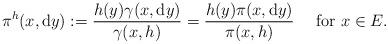
LaTeX: \begin{align*}\pi^{h}(x,{\rm d}y):=\frac{h(y)\gamma(x,{\rm d}y)}{\gamma(x,h)}=\frac{h(y)\pi(x,{\rm d}y)}{\pi(x,h)}\quad\mbox{ for }x\in E.\end{align*}